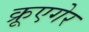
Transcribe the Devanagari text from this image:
क्रूएगेर